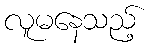
လူမနေသည့်